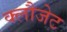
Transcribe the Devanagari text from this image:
क्लौजेट